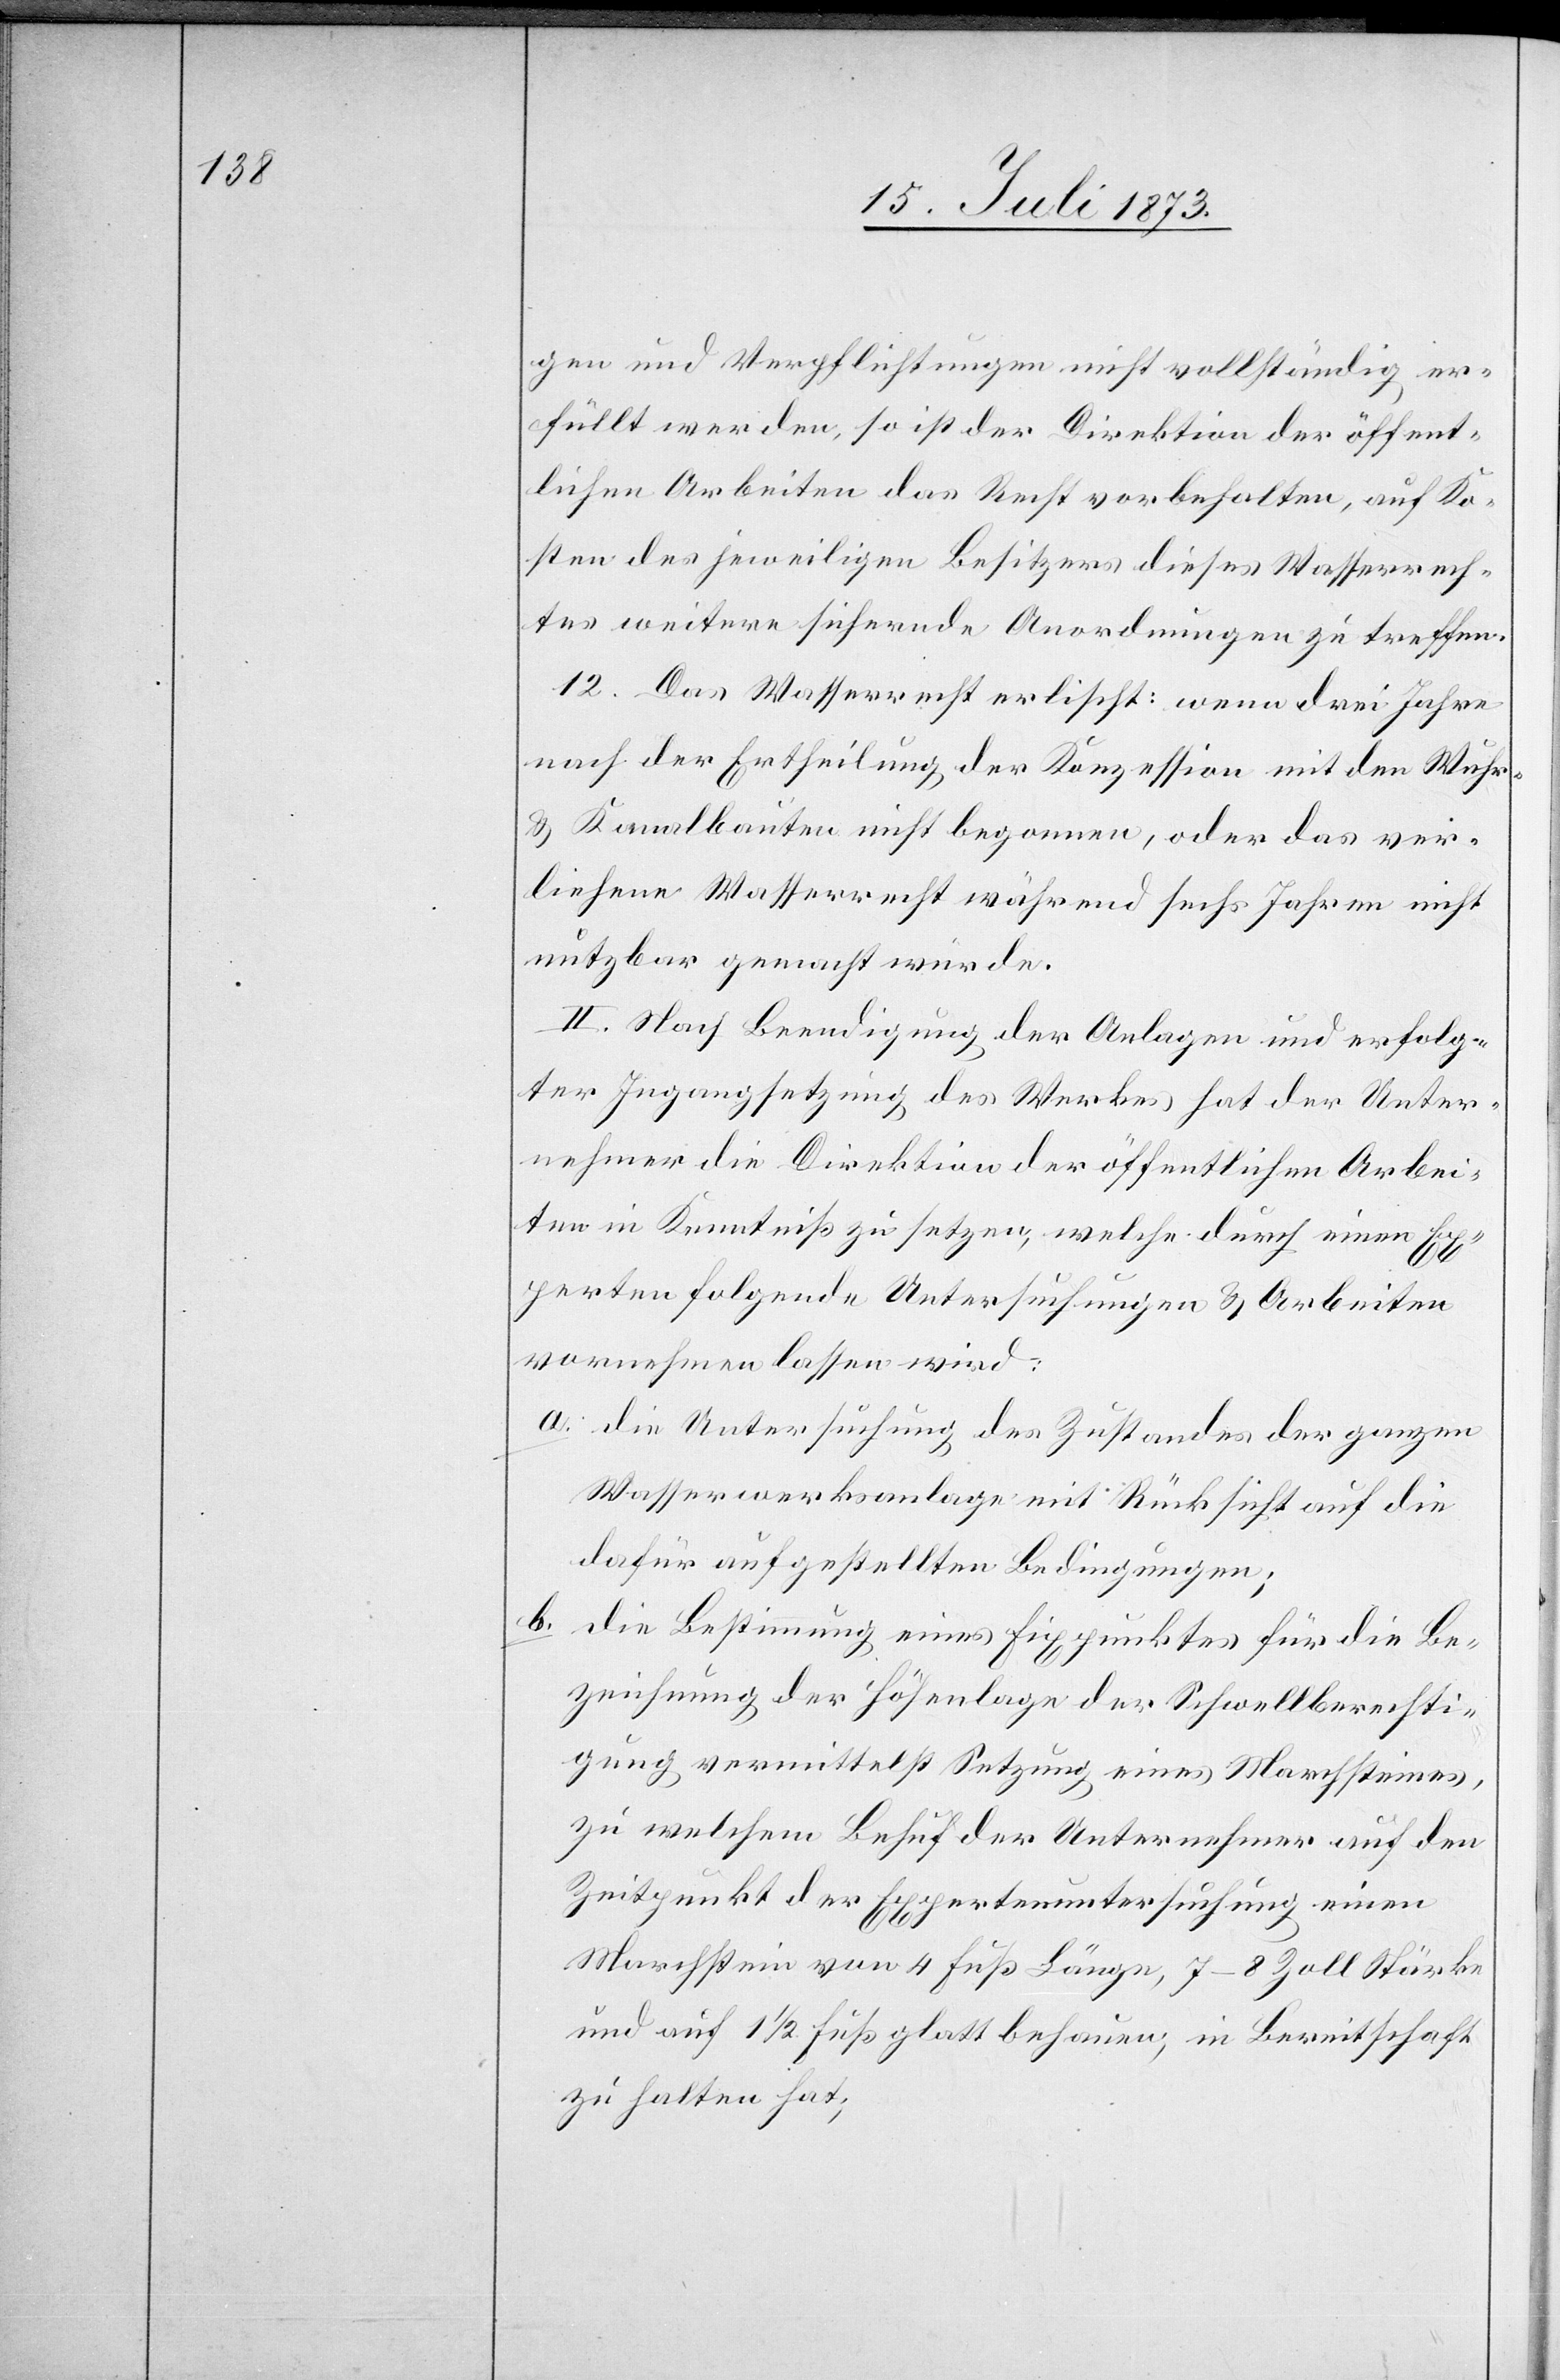
gen und Verpflichtungen nicht vollständig er¬
füllt werden, so ist der Direktion der öffent¬
lichen Arbeiten das Recht vorbehalten, auf Ko¬
sten des jeweiligen Besitzers dieses Wasserrech¬
tes weitere sichernde Anordnungen zu treffen.
12. Das Wasserrecht erlischt: wenn drei Jahre
nach der Ertheilung der Konzession mit den Wuhr-
& Kanalbauten nicht begonnen, oder das ver¬
liehene Wasserrecht während sechs Jahren nicht
nutzbar gemacht wurde.
II. Nach Beendigung der Anlagen und erfolg¬
ter Ingangsetzung des Werkes hat der Unter¬
nehmer die Direktion der öffentlichen Arbei¬
ten in Kenntniß zu setzen, welche durch einen Ex¬
perten folgende Untersuchungen & Arbeiten
vornehmen lassen wird:
a. die Untersuchung des Zustandes der ganzen
Wasserwerksanlage mit Rücksicht auf die
dafür aufgestellten Bedingungen;
b. die Bestimmung eines Fixpunktes für die Bez¬
eichnung vermittelst Setzung eines Marchsteines,
zu welchem Behuf der Unternehmer auf den
Zeitpunkt der Expertenuntersuchung einen
Marchstein von 4 Fuß Länge, 7–8 Zoll Stärke
und auf 1 1/2 Fuß glatt behauen, in Bereitschaft
zu halten hat;